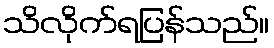
သိလိုက်ရပြန်သည်။